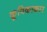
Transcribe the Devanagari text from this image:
कूपिकाकार